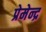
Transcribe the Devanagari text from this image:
प्रेमेन्द्र